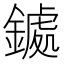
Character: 𮢹